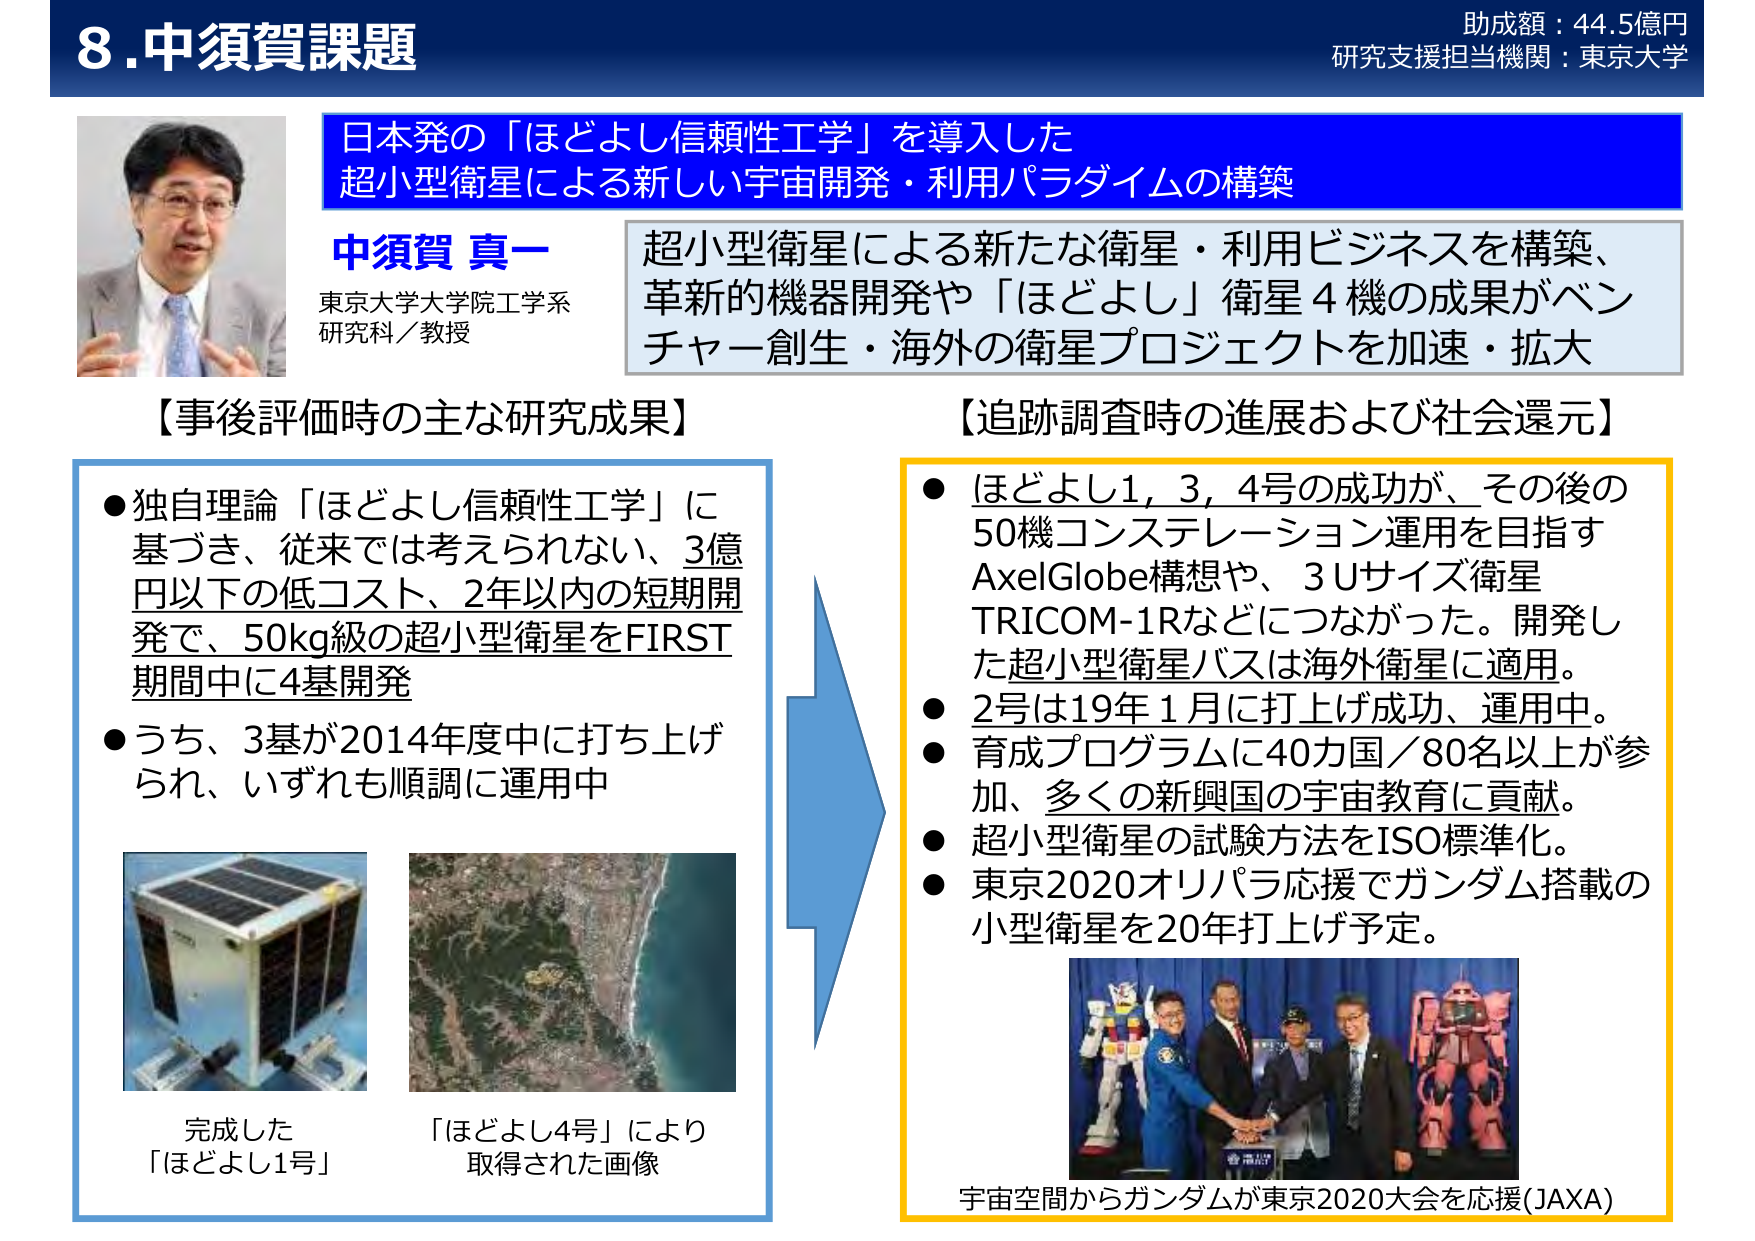
8.中須賀課題
助成額：44.5億円
研究支援担当機関：東京大学

日本発の「ほどよし信頼性工学」を導入した
超小型衛星による新しい宇宙開発・利用パラダイムの構築

中須賀 真一
東京大学大学院工学系
研究科／教授

超小型衛星による新たな衛星・利用ビジネスを構築、
革新的機器開発や「ほどよし」衛星4機の成果がベンチャー創生・海外の衛星プロジェクトを加速・拡大

【事後評価時の主な研究成果】
● 独自理論「ほどよし信頼性工学」に基づき、従来では考えられない、3億円以下の低コスト、2年以内の短期開発で、50kg級の超小型衛星をFIRST期間中に4基開発
● うち、3基が2014年度中に打ち上げられ、いずれも順調に運用中

完成した
「ほどよし1号」

「ほどよし4号」により
取得された画像

【追跡調査時の進展および社会還元】
● 「ほどよし1, 3, 4号」の成功が、その後の50機コンステレーション運用を目指すAxelGlobe構想や、3Uサイズ衛星TRICOM-1Rなどにつながった。開発した超小型衛星バスは海外衛星に適用。
● 2号は19年1月に打ち上げ成功、運用中。
● 育成プログラムに40カ国／80名以上が参加、多くの新興国の宇宙教育に貢献。
● 超小型衛星の試験方法をISO標準化。
● 東京2020オリパラ応援でガンダム搭載の小型衛星を20年打ち上げ予定。

宇宙空間からガンダムが東京2020大会を応援(JAXA)